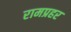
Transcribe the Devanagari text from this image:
रामप्रहर